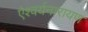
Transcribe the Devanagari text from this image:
ऐश्वर्यनारायण